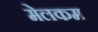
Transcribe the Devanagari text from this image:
मेलकम